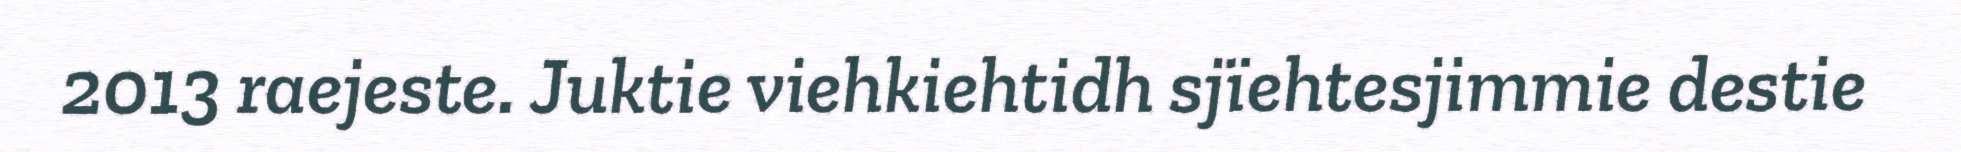
2013 raejeste. Juktie viehkiehtidh sjïehtesjimmie destie